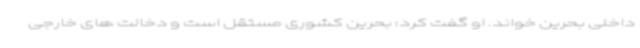
داخلی بحرین خواند. او گفت کرد: بحرین کشوری مستقل است و دخالت های خارجی